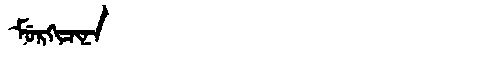
Manchu: ᠮᡠᡵᡴᡳᠴᡳᠨᠠ
Romanization: MURKICINA